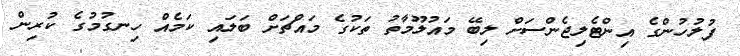
ފުލުހުންގެ އިންޓެލިޖެންސަށް ލިބޭ މައުލޫމާތު ތަކުގެ މައްޗަށް ބަލައި ކަމެއް ހިނގުމުގެ ކުރިން